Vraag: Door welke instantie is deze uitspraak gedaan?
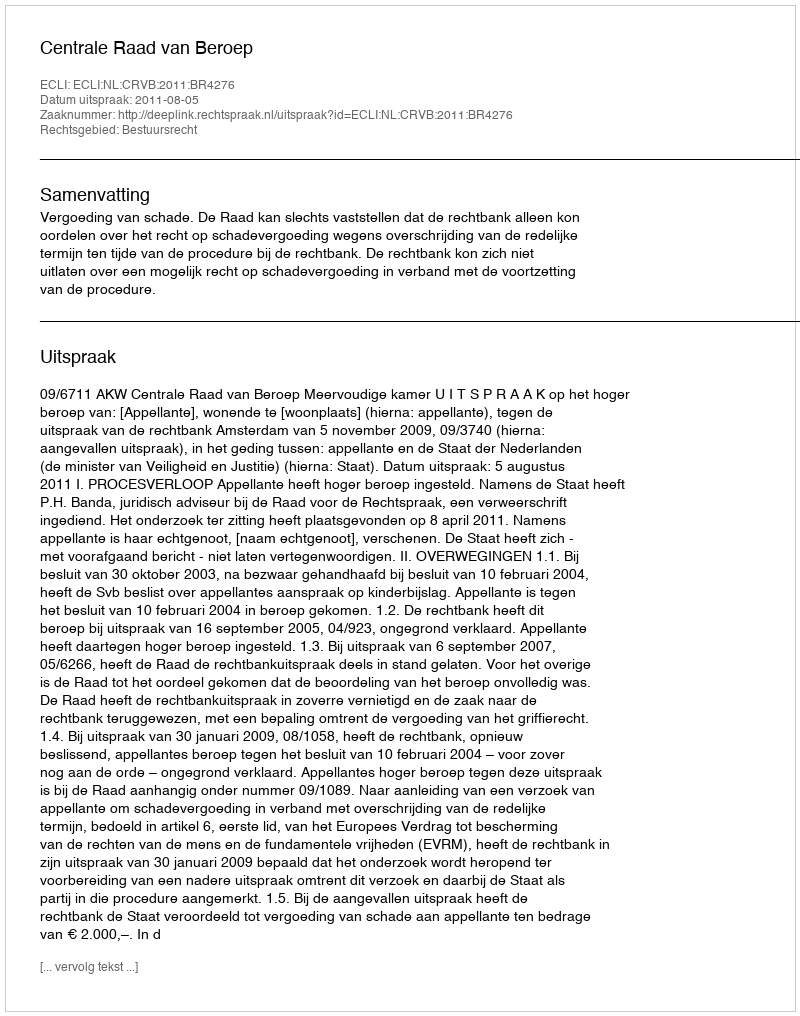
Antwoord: Centrale Raad van Beroep